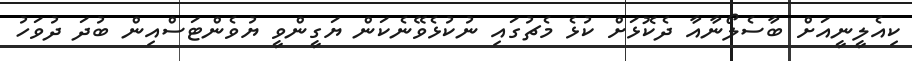
ކިއެލީނީއަށް ބާސެލޯނާއާ ދެކޮޅަށް ކުޅެ މެޗުގައި ނުކުޅެވޭނެކަން ޔަގީންވީ ޔުވެންޓަސްއިން ބުދަ ދުވަހު